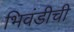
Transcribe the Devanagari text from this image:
भिवंडीची